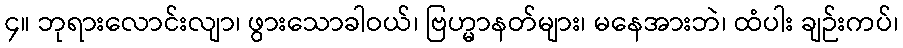
၄။ ဘုရားလောင်းလျာ၊ ဖွားသောခါဝယ်၊ ဗြဟ္မာနတ်များ၊ မနေအားဘဲ၊ ထံပါး ချဉ်းကပ်၊